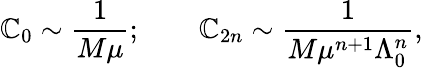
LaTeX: \mathbb{C}_{0}\sim\frac{{1}}{{M\mu}};\qquad\mathbb{C}_{2n}\sim\frac{{1}}{{M\mu^{n+1}\Lambda_{0}^{n}}},